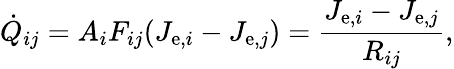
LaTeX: {\dot{Q}}_{ij}=A_{i}F_{ij}(J_{\mathrm{e},i}-J_{\mathrm{e},j})={\frac{J_{\mathrm{e},i}-J_{\mathrm{e},j}}{R_{ij}}},